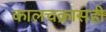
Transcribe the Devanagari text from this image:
कालचक्रासही